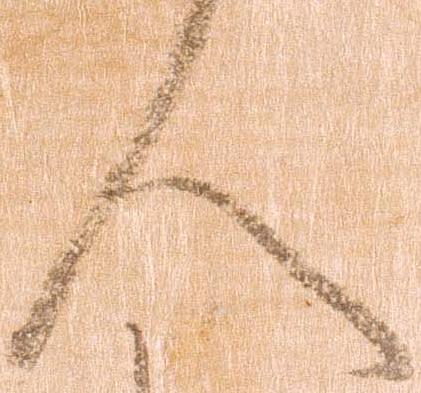
人